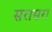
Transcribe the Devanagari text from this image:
सरासरा